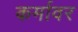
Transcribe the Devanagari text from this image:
कर्मावर